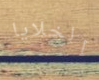
الخلايا